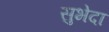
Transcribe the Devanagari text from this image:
सुभेदा